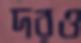
দরও